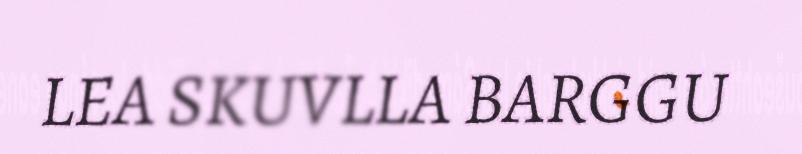
LEA SKUVLLA BARGGU